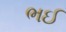
ભઈ